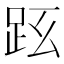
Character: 𧿠